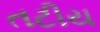
તટીય